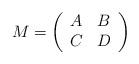
LaTeX: \begin{align*}M = \left(\begin{array}{cc} A & B \cr C & D \end{array}\right)\end{align*}